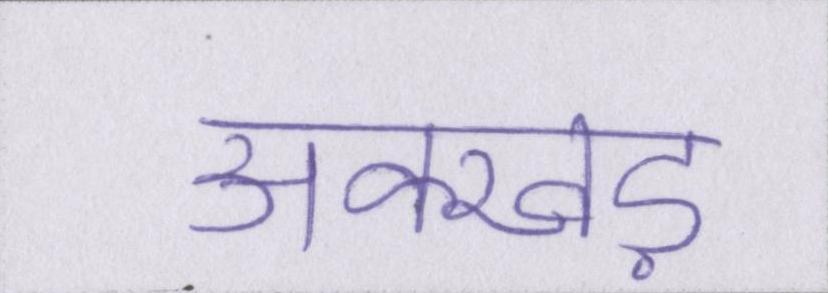
अक्खड़